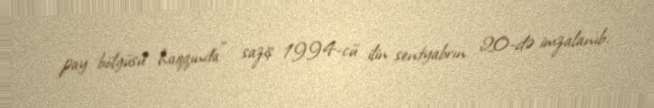
pay bölgüsü haqqında” saziş 1994-cü ilin sentyabrın 20-də imzalanıb.